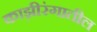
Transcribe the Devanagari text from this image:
काझ़ीरंगातील